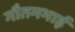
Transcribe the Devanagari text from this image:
गौतमभाई